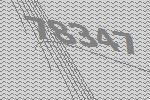
78347